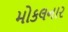
મોકલનાર